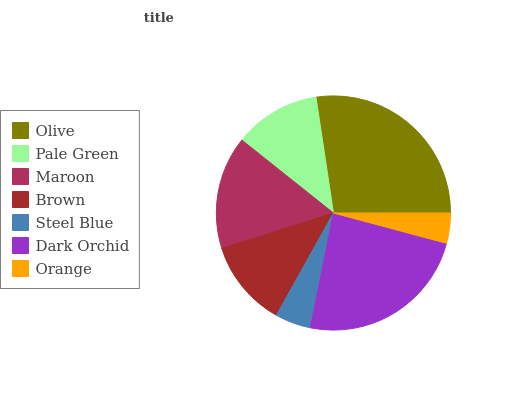
| Olive | Pale Green | Maroon | Brown | Steel Blue | Dark Orchid | Orange |
 | --- | --- | --- | --- | --- | --- | --- |
 | 27.4% | 11.9% | 15.6% | 12% | 4.93% | 24% | 4.17% |